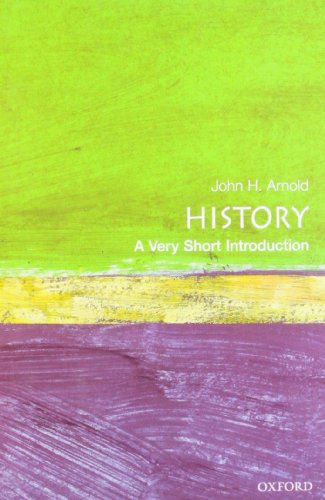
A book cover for History: A Very Short Introduction; John H. Arnold; History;